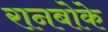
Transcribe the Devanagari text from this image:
रानबोके